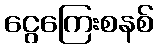
ငွေကြေးစနစ်